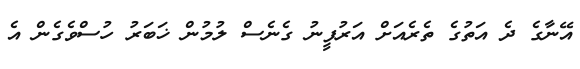
އޭނާގެ ދެ އަތުގެ ތެރެއަށް އަރުފީނު ގެނެސް ލުމުން ޚަބަރު ހުސްވެގެން އެ